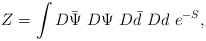
\begin{align*}Z = \int D\bar{\Psi}~D\Psi~D\bar d~Dd~e^{-S},\end{align*}